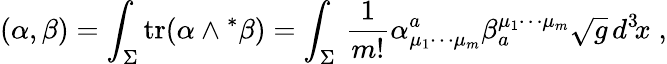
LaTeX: (\alpha,\beta)=\int_{\Sigma}^{}\mathrm{tr}(\alpha\wedge{}^{\ast}\beta)=\int_{\Sigma}^{}\, \frac{1}{m!}\alpha_{\mu_{1}\cdots\mu_{m}}^{a}\beta_{a}^{\mu_{1}\cdots\mu_{m}}\sqrt{g}\, d^{3}\! x\; ,